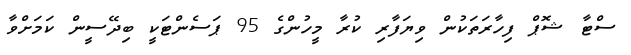
ސްޓާ ޝޮޕް ފިހާރަތަކުން ވިޔަފާރި ކުރާ މީހުންގެ 95 ޕަސެންޓަކީ ބިދޭސީން ކަމަށްވާ